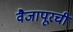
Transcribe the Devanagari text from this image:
वैजापूरची